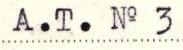
A.T. No 3